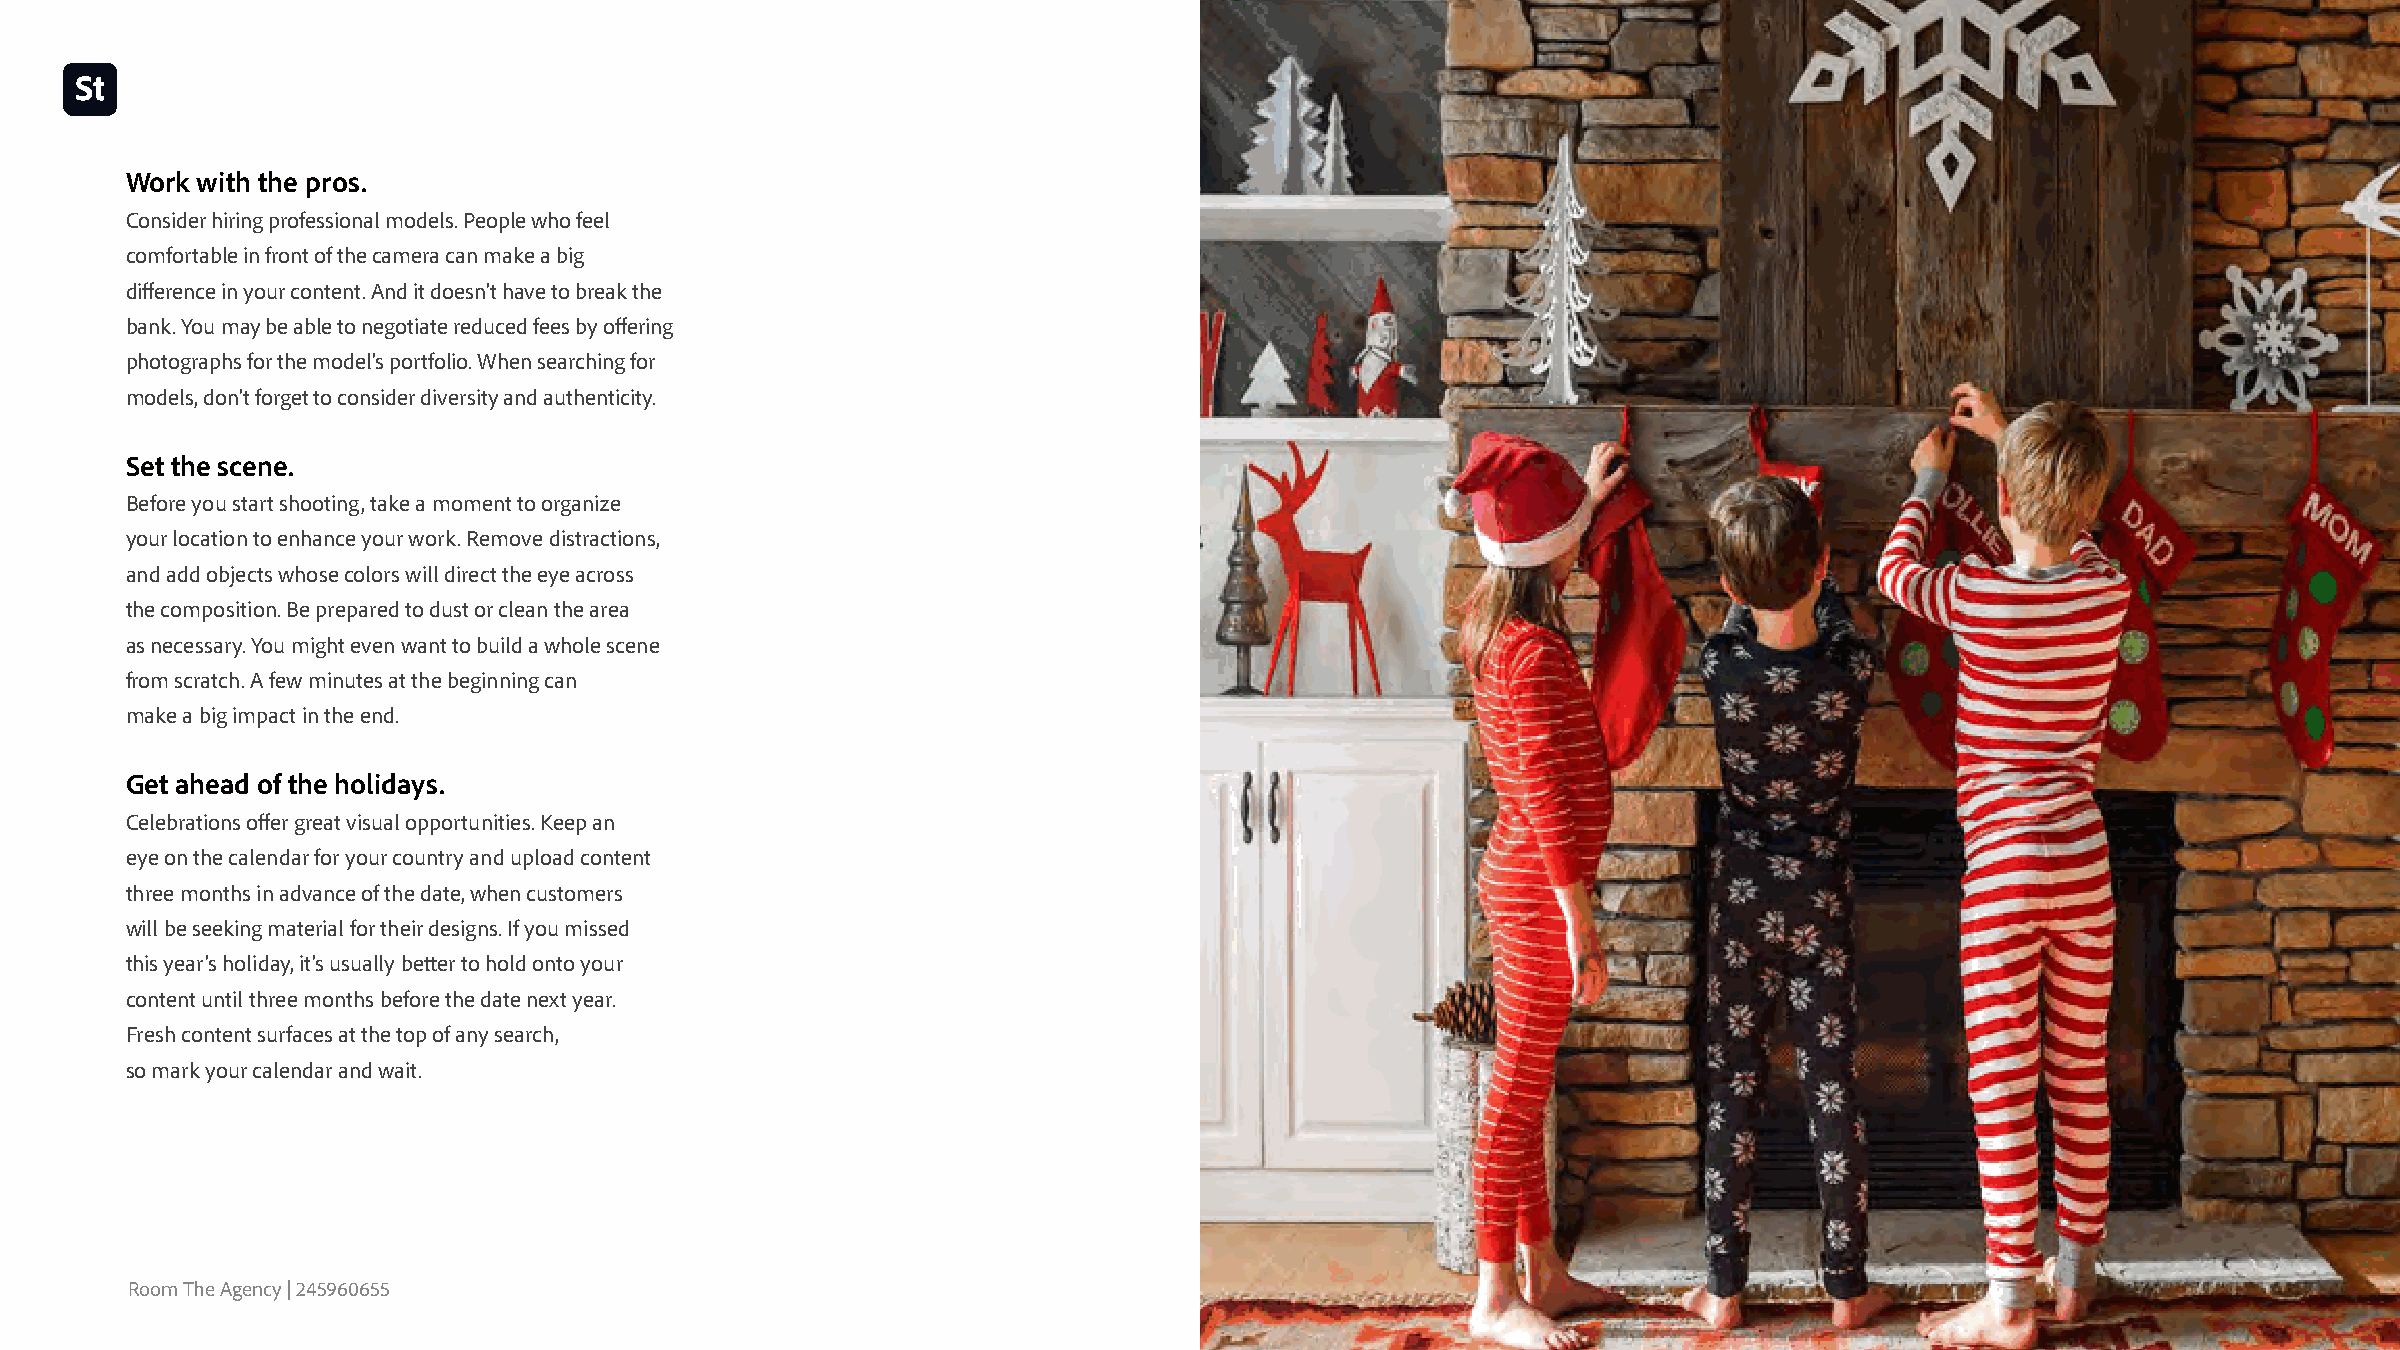
Work with the pros
 Consider hiring professional models. People who feel
 comfortable in front of the camera can make a big
 difference in your content. And it doesn’t have to break the
 bank. You may be able to negotiate reduced fees by offering
 photographs for the model’s portfolio. When searching for
 models, don’t forget to consider diversity and authenticity.
 Set the scene
 Before you start shooting, take a moment to organize
 your location to enhance your work. Remove distractions,
 and add objects whose colors will direct the eye across
 the composition. Be prepared to dust or clean the area
 as necessary. You might even want to build a whole scene
 from scratch. A few minutes at the beginning can
 make a big impact in the end.
 Get ahead of the holidays
 Celebrations offer great visual opportunities. Keep an
 eye on the calendar for your country and upload content
 three months in advance of the date, when customers
 will be seeking material for their designs. If you missed
 this year’s holiday, it’s usually better to hold onto your
 content until three months before the date next year.
 Fresh content surfaces at the top of any search,
 so mark your calendar and wait.
 Room The Agency | 245960655
 Natalia Martin Rivero - EyeEm | 318084406